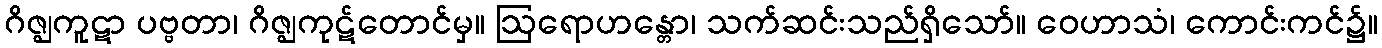
ဂိဇ္ဈကူဋာ ပဗ္ဗတာ၊ ဂိဇ္ဈကုဋ်တောင်မှ။ ဩရောဟန္တော၊ သက်ဆင်းသည်ရှိသော်။ ဝေဟာသံ၊ ကောင်းကင်၌။